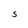
Character: S